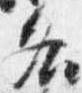
各